Civil Veterinary Department Bengal reports 1933-51 - 1933-1951
Year: 1933
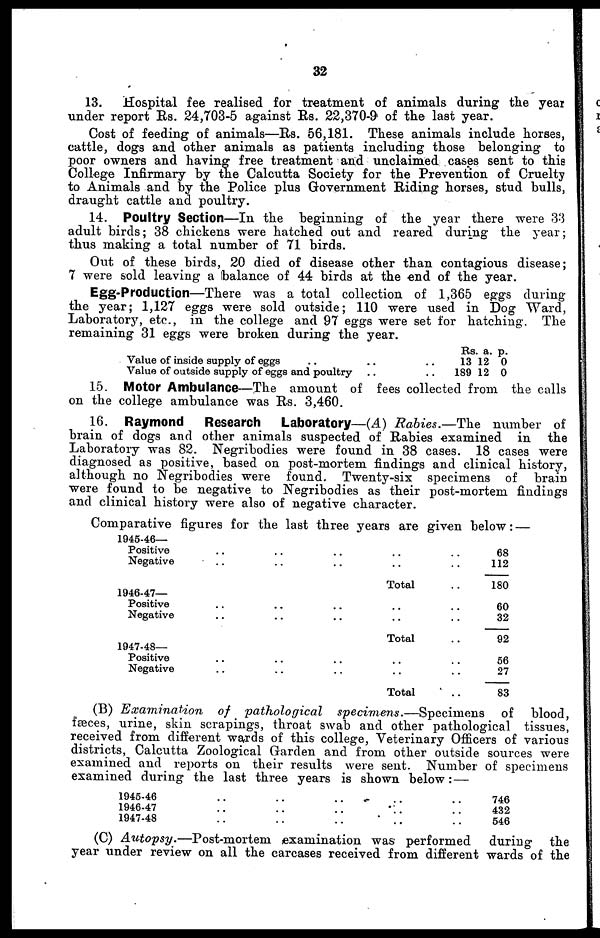
32
13.
Hospital fee realised for treatment of animals during the year
under report Rs. 24,703-5 against Rs. 22,370-9 of the last year.
Cost of feeding of animals—Rs. 56,181. These animals include horses,
cattle, dogs and other animals as patients including those belonging to
poor owners and having free treatment and unclaimed cases sent to this
College Infirmary by the Calcutta Society for the Prevention of Cruelty
to Animals and by the Police plus Government Riding horses, stud bulls,
draught cattle and poultry.
14. Poultry Section—In the beginning of the year there were 33
adult birds; 38 chickens were hatched out and reared during the year;
thus making a total number of 71 birds.
Out of these birds, 20 died of disease other than contagious disease;
7 were sold leaving a balance of 44 birds at the end of the year.
Egg-Production—There was a total collection of 1,365 eggs during
the year; 1,127 eggs were sold outside; 110 were used in Dog Ward,
Laboratory, etc., in the college and 97 eggs were set for hatching. The
remaining 31 eggs were broken during the year.
Value of inside supply of eggs .. .. ..
Value of outside supply of eggs and poultry .. ..
Rs.
13
189
a.
12
12
p.
0
0
15. Motor Ambulance—The amount of fees collected from the calls
on the college ambulance was Rs. 3,460.
16. Raymond
Research Laboratory—(A) Rabies.—The number of
brain of dogs and other animals suspected of Rabies examined in the
Laboratory was 82. Negribodies were found in 38 cases. 18 cases were
diagnosed as positive, based on post-mortem findings and clinical history,
although no Negribodies were found. Twenty-six specimens of brain
were found to be negative to Negribodies as their post-mortem findings
and clinical history were also of negative character.
Comparative figures for the last three years are given below :—
1945-46—
Positive .. .. .. .. ..
Negative .. .. .. .. ..
Total ..
1946-47—
Positive .. .. .. .. ..
Negative .. .. .. .. ..
Total ..
1947-48—
Positive .. .. .. .. ..
Negative .. .. .. .. ..
Total ..
68
112
180
60
32
92
56
27
83
(B) Examination
of pathological
specimens.—Specimens
of blood,
fæces, urine, skin scrapings, throat swab and other pathological tissues,
received from different wards of this college, Veterinary Officers of various
districts, Calcutta Zoological Garden and from other outside sources were
examined and reports on their results were sent. Number of specimens
examined during the last three years is shown below :—
1945-46 .. .. .. .. ..
1946-47 .. .. .. .. ..
1947-48 .. .. .. .. ..
746
432
546
(C) Autopsy.—Post-mortem
examination was performed
during the
year under review on all the carcases received from different wards of the